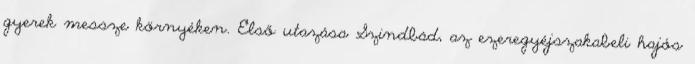
gyerek messze környéken. Első utazása Szindbád, az ezeregyéjszakabeli hajós